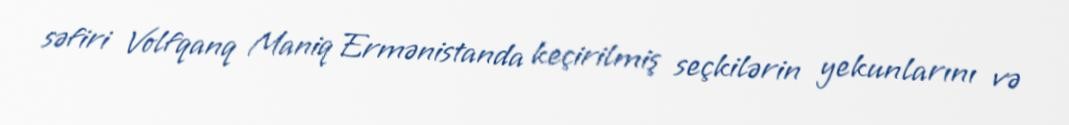
səfiri Volfqanq Maniq Ermənistanda keçirilmiş seçkilərin yekunlarını və